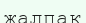
жалпақ